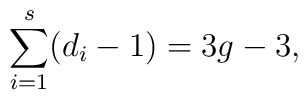
\sum_{i=1}^{s}  ( d_i -  1) =3g  -  3,